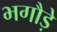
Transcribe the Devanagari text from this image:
भगौड़े